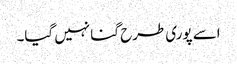
اسے پوری طرح گنا نہیں گیا۔